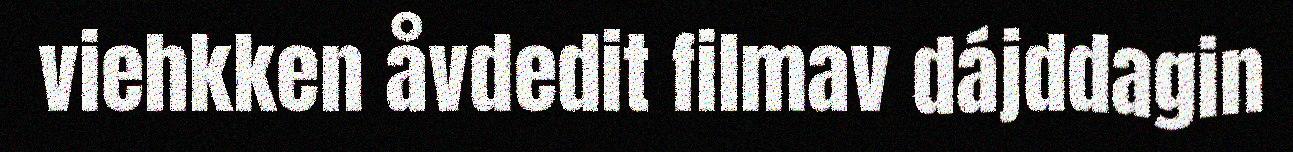
viehkken åvdedit filmav dájddagin